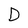
Character: D